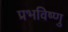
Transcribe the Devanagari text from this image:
प्रभविष्णु